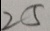
2 5